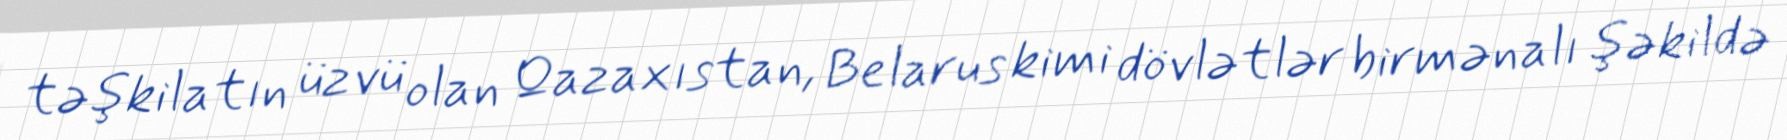
təşkilatın üzvü olan Qazaxıstan, Belarus kimi dövlətlər birmənalı şəkildə